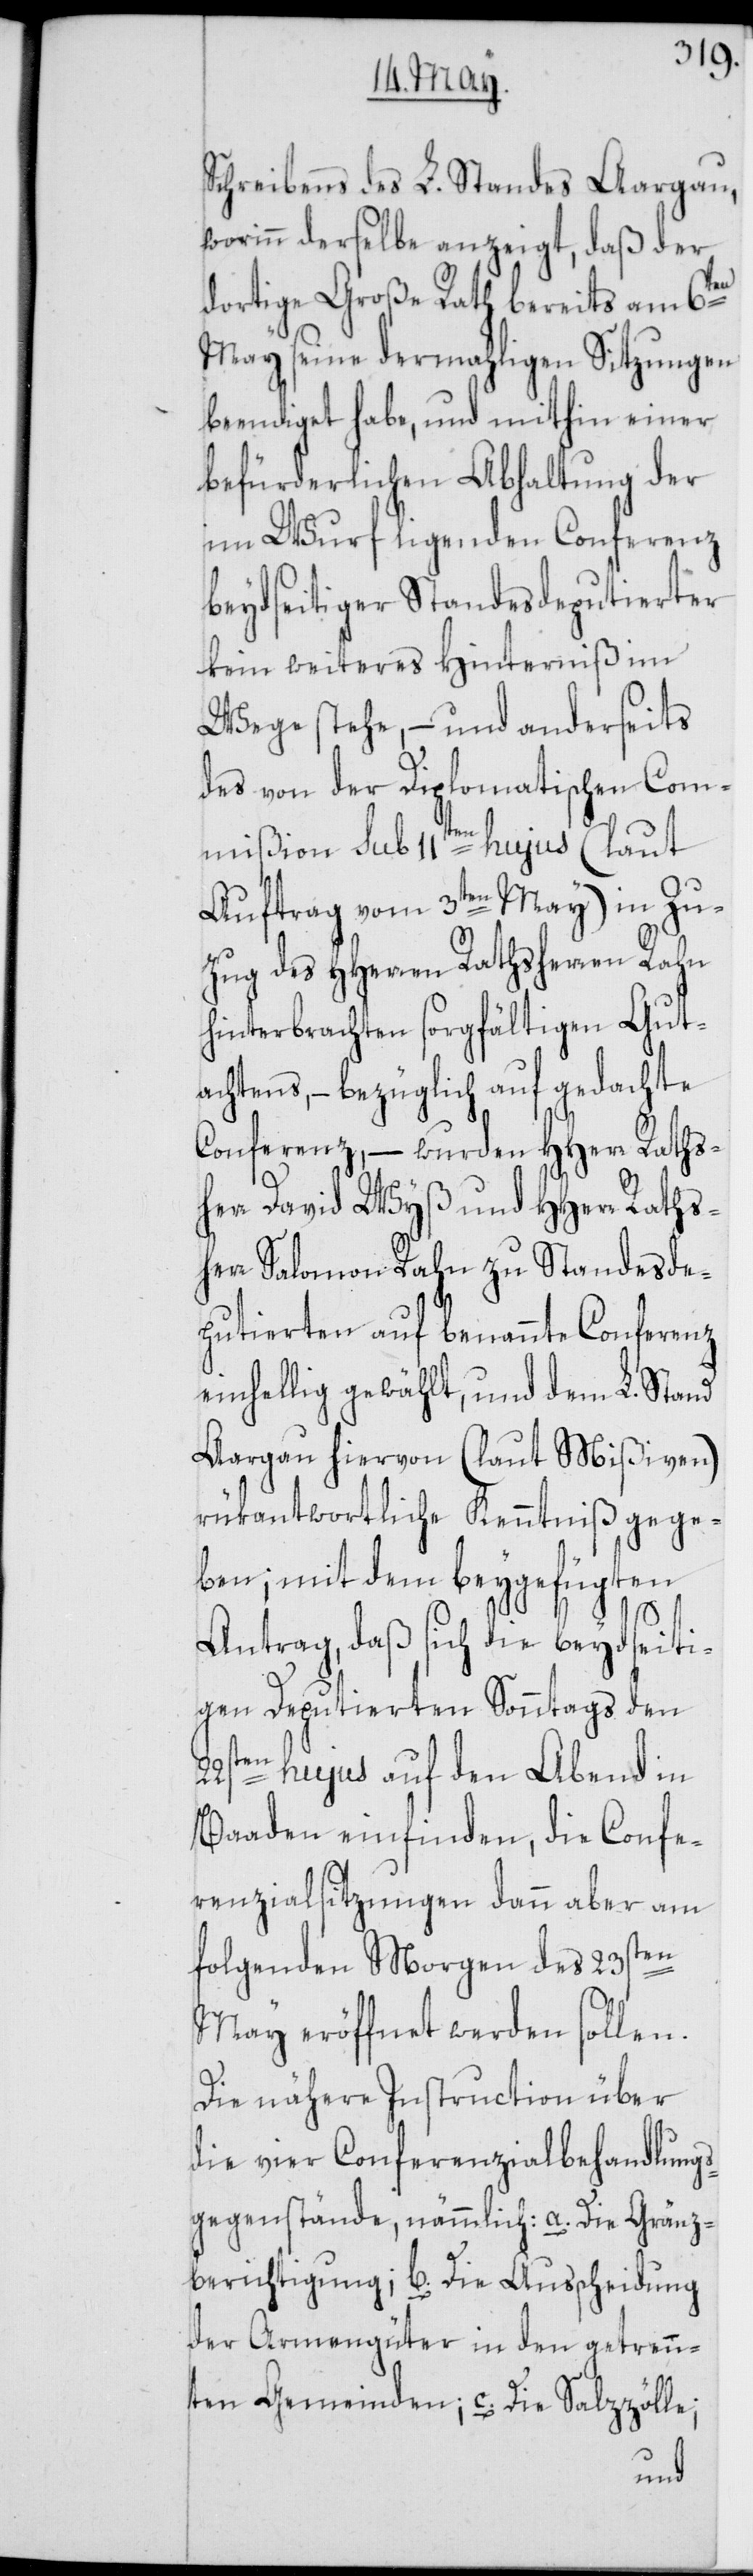
Schreibens des L. Standes Aargau,
worinn derselbe anzeigt, daß der
dortige Große Rath bereits am 6ten
May seine dermahligen Sitzungen
beendiget habe, und mithin einer
befürderlichen Abhaltung der
im Wurf ligenden Conferenz
beydseitiger Standesdeputierter
kein weiteres Hinderniß im
Wege stehe, – und anderseits
des von der Diplomatischen Com¬
mißion sub 11ten hujus (laut
Auftrag vom 3ten May) in Zu¬
zug des HHerren Rathsherren Rahn
hinterbrachten sorgfältigen Gut¬
achtens, – bezüglich auf gedachte
Conferenz, – wurden HHerr Raths¬
herr David Wyß und HHerr Raths¬
herr Salomon Rahn zu Standesde¬
putierten auf benannte Conferenz
einhellig gewählt, und dem L. Stand
Aargau hiervon (laut Mißiven)
rükantwortliche Kenntniß gege¬
ben; mit dem beygefügten
Antrag, daß sich die beydseiti¬
gen Deputierten Sonntags den
22sten hujus auf den Abend in
Baaden einfinden, die Confe¬
renzialsitzungen dann aber am
folgenden Morgen des 23sten
May eröffnet werden sollen.
Die nähere Instruction über
die vier Conferenzialbehandlungs¬
gegenstände, nämmlich a. Die Gränz¬
berichtigung; b. Die Ausscheidung
der Armengüter in den getrenn¬
ten Gemeinden; c. Die Salzzölle;